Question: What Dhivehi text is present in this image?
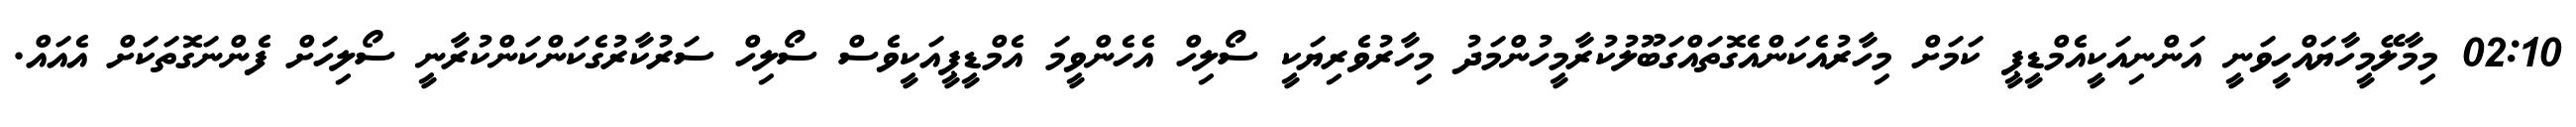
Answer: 02:10 މިމާލޭމީހާޔައްހީވަނީ އަންނިއަކީއެމްޑީޕީ ކަމަށް މިހާރުއެކަންއެގޮތައްގަބޫލުކުރާމީހުންމަދު މިހާރުވެރިޔަކީ ސޯލިހް އެހެންވީމަ އެމްޑީޕީއަކީވެސް ސޯލިހް ސަރުކާރުގެކަންކަންކުރާނީ ސޯލިހަށް ފެންނަގޮތަކަށް އެއައް.